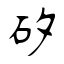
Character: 矽